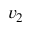
v _ { 2 }